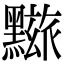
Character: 𪒓